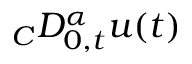
{ } _ { C } D _ { 0 , t } ^ { \alpha } u ( t )